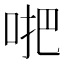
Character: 𠴙